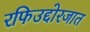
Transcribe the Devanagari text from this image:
रफिउद्दोरजात